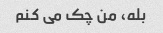
بله، من چک می کنم